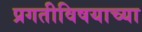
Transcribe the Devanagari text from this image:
प्रगतीविषयाच्या